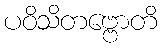
ပဝိသိတဗ္ဗောတိ